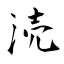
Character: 涜